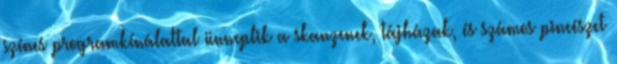
színes programkínálattal ünneplik a skanzenek, tájházak, és számos pincészet